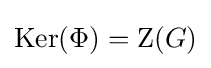
{\text{Ker}}(\Phi )={\text{Z}}(G)